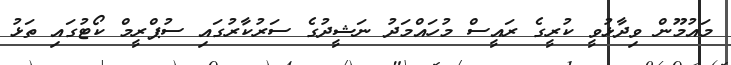
މައުމޫން ވިދާޅުވީ ކުރީގެ ރައީސް މުހައްމަދު ނަޝީދުގެ ސަރުކާރުގައި ސުޕްރީމް ކޯޓުގައި ތަޅު